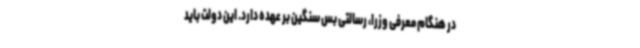
در هنگام معرفی وزرا، رسالتی بس سنگین بر عهده دارد. این دولت باید